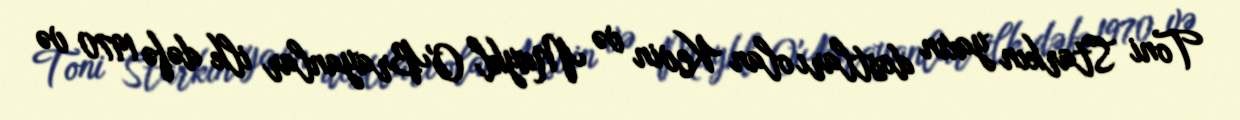
Toni Starkın yaxın dostları olan Kevin və Maykl O'Brayanlar ilk dəfə 1970 və